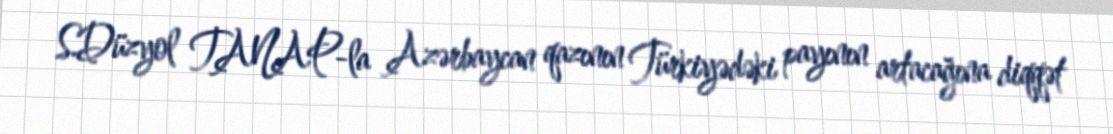
S.Düzyol TANAP-la Azərbaycan qazının Türkiyədəki payının artacağına diqqət